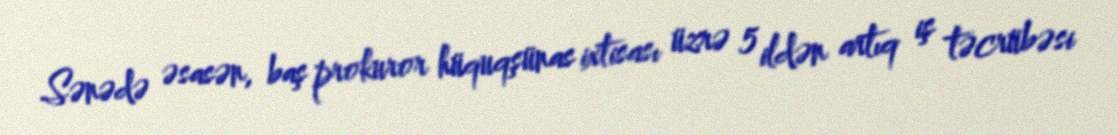
Sənədə əsasən, baş prokuror hüquqşünas ixtisası üzrə 5 ildən artıq iş təcrübəsi